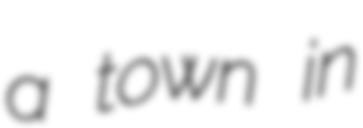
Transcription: a town in